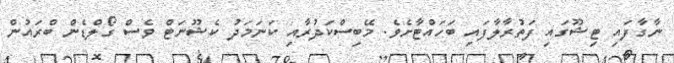
ނާގާފައި ޓިޝޫގައި ފަތުރާލާފައި ބަހައްޓާށެވެ. މޭބިސްކަދުރާއި ކަނަމަދު ކެޝޫނަޓް ވެސް ގޯލްޑެން ބްރައުން